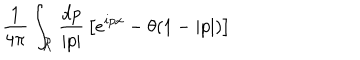
{ \frac { 1 } { 4 \pi } } \int _ { \cal R } { \frac { d p } { | p | } } \left[ e ^ { i p x } - \theta ( 1 - | p | ) \right]